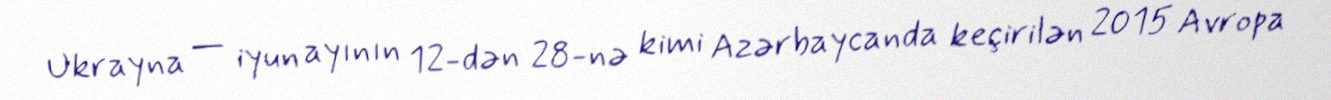
Ukrayna — iyun ayının 12-dən 28-nə kimi Azərbaycanda keçirilən 2015 Avropa